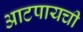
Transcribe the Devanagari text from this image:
आटपायची